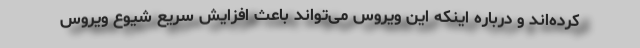
کرده‌اند و درباره اینکه این ویروس می‌تواند باعث افزایش سریع شیوع ویروس